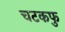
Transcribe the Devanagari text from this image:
चटकफु